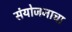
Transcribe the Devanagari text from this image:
संयोजनाचा